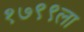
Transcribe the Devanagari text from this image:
१७९९ला